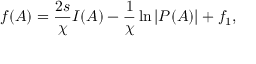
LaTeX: f ( A ) = \frac { 2 s } { \chi } I ( A ) - \frac { 1 } { \chi } \ln { | P ( A ) | } + f _ { 1 } ,